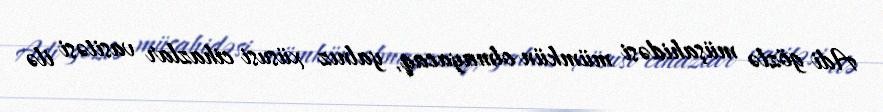
Adi gözlə müşahidəsi mümkün olmayacaq, yalnız xüsusi cihazlar vasitəsi ilə